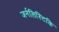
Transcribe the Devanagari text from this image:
जर्नलिस्टिकि